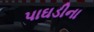
પાઘડીના